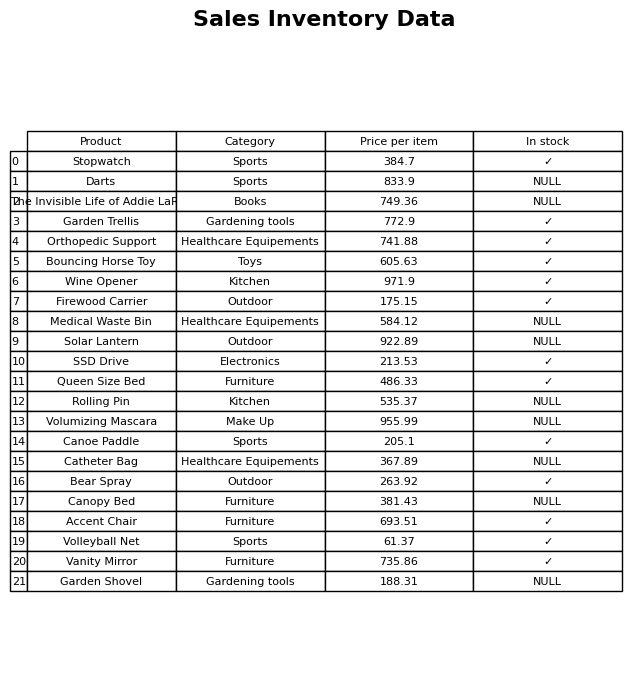
question: What is the price for Accent Chair?
answer: The price of Accent Chair is 693.51.